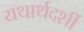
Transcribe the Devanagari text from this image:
यथार्थदर्शी